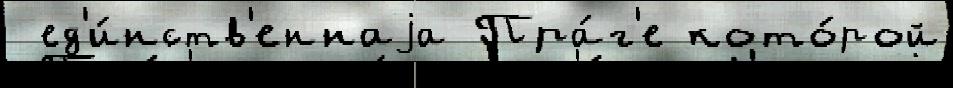
 ед'и́нств'еннаjа Пра́г'е кото́рой